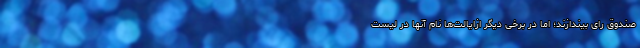
صندوق رای بیندازند؛ اما در برخی دیگر ازایالت‌ها نام آنها در لیست